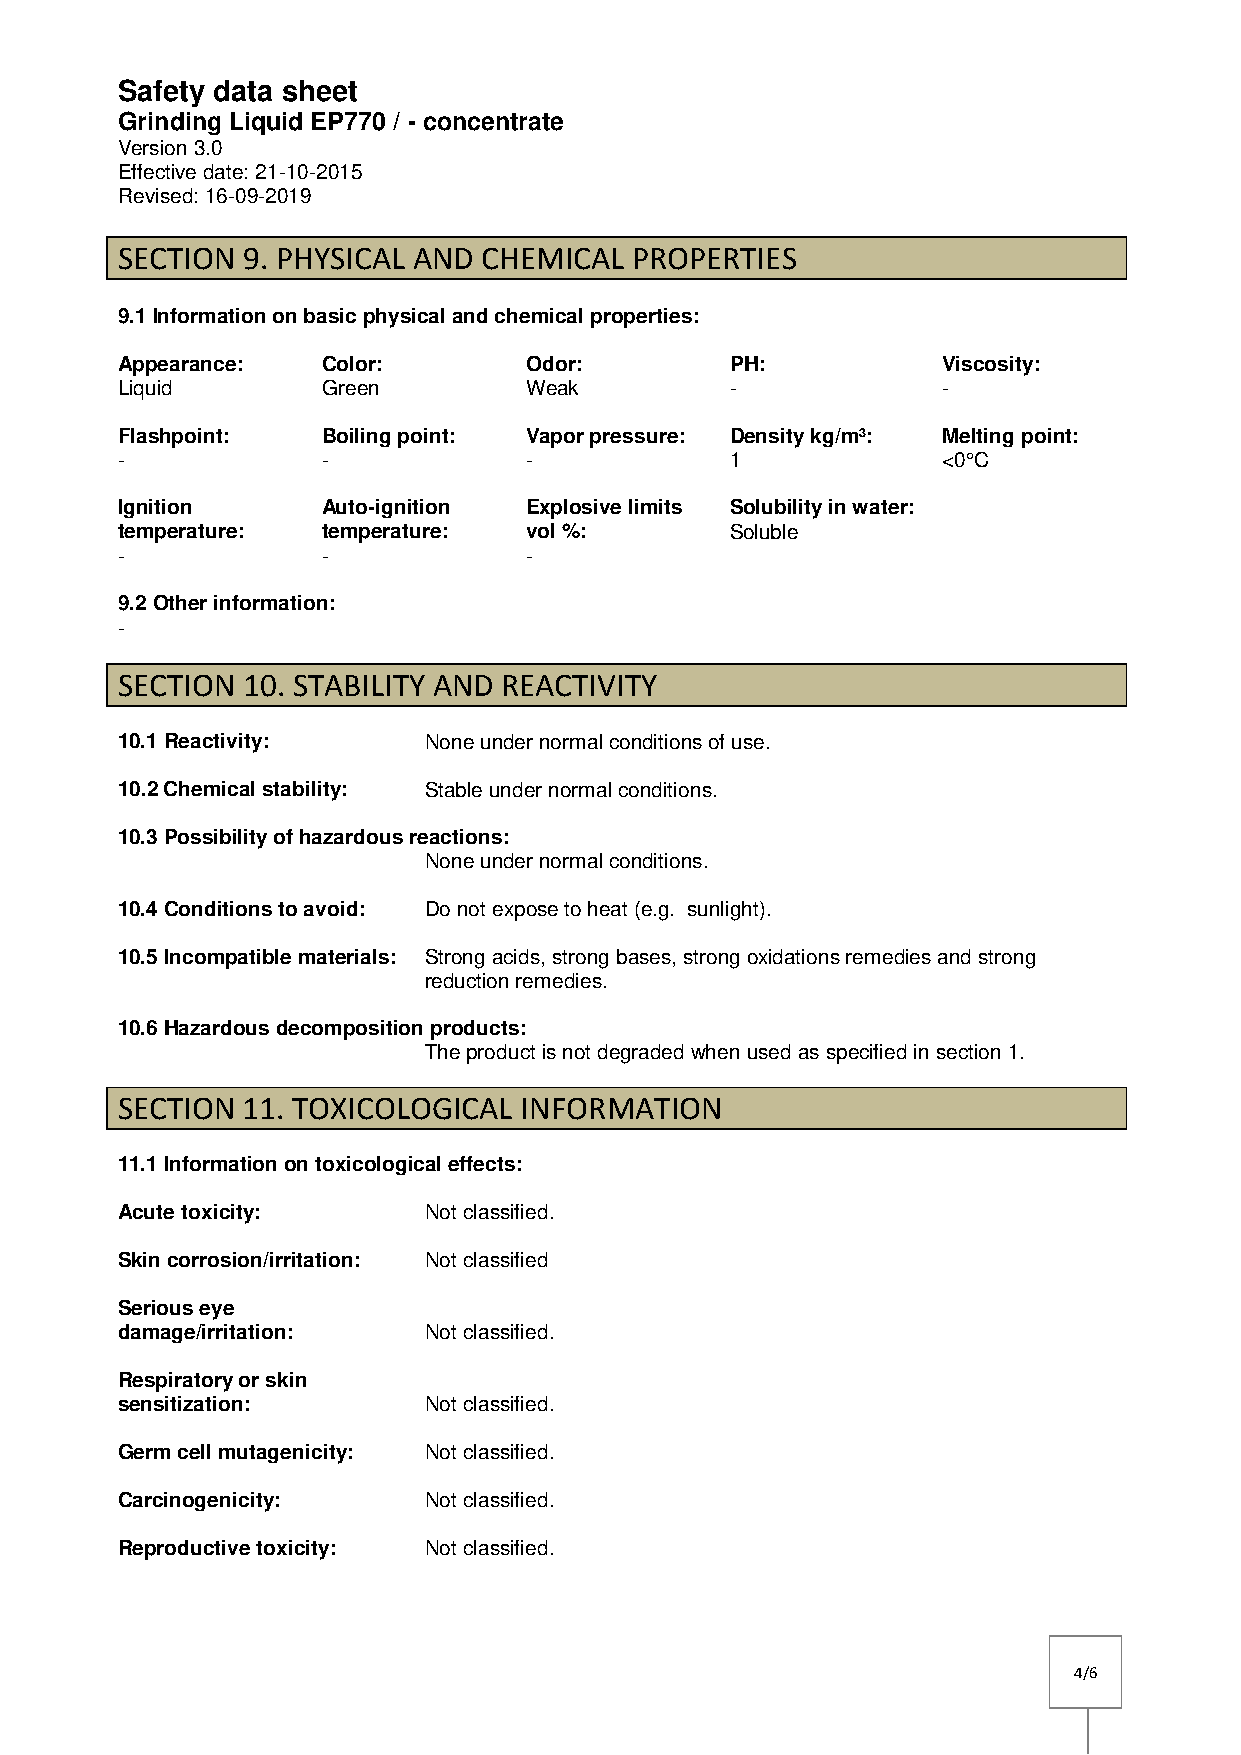
Safety data sheet
 Grinding Liquid EP770 / - concentrate
 Version 3.0
 Effective date: 21-10-2015
 Revised: 16-09-2019
 SECTION 9. PHYSICAL AND CHEMICAL  PROPERTIES
 9.1 Information on basic physical and chemical properties:
 Appearance:  Color:        Odor:        PH:           Viscosity:
 Liquid       Green         Weak         -             -
 Flashpoint:  Boiling point: Vapor pressure: Density kg/m³: Melting point:
 -            -             -            1             <0°C
 Ignition     Auto-ignition Explosive limits Solubility in water:
 temperature: temperature:  vol %:       Soluble
 -            -             -
 9.2 Other information:
 -
 SECTION 10. STABILITY AND REACTIVITY
 10.1 Reactivity:    None under normal conditions of use.
 10.2 Chemical stability: Stable under normal conditions.
 10.3 Possibility of hazardous reactions:
 None under normal conditions.
 10.4 Conditions to avoid: Do not expose to heat (e.g. sunlight).
 10.5 Incompatible materials: Strong acids, strong bases, strong oxidations remedies and strong
 reduction remedies.
 10.6 Hazardous decomposition products:
 The product is not degraded when used as specified in section 1.
 SECTION 11. TOXICOLOGICAL INFORMATION
 11.1 Information on toxicological effects:
 Acute toxicity:     Not classified.
 Skin corrosion/irritation: Not classified
 Serious eye
 damage/irritation:  Not classified.
 Respiratory or skin
 sensitization:      Not classified.
 Germ cell mutagenicity: Not classified.
 Carcinogenicity:    Not classified.
 Reproductive toxicity: Not classified.
 4/6